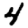
Digit: 4